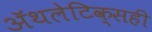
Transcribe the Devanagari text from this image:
ॲथलेटिक्सही